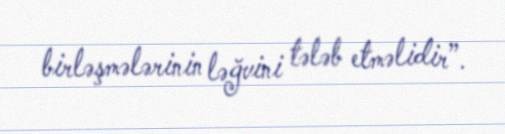
birləşmələrinin ləğvini tələb etməlidir”.